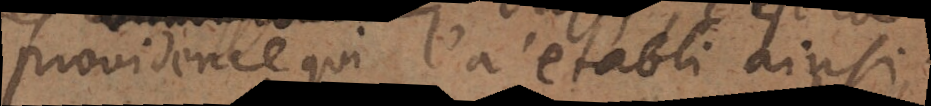
providence qui l’a établi ainsi